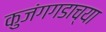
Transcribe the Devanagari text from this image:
कुजंगगडाच्या